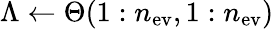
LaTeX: \Lambda\leftarrow\Theta(1:n_{\mathrm{ev}},1:n_{\mathrm{ev}})